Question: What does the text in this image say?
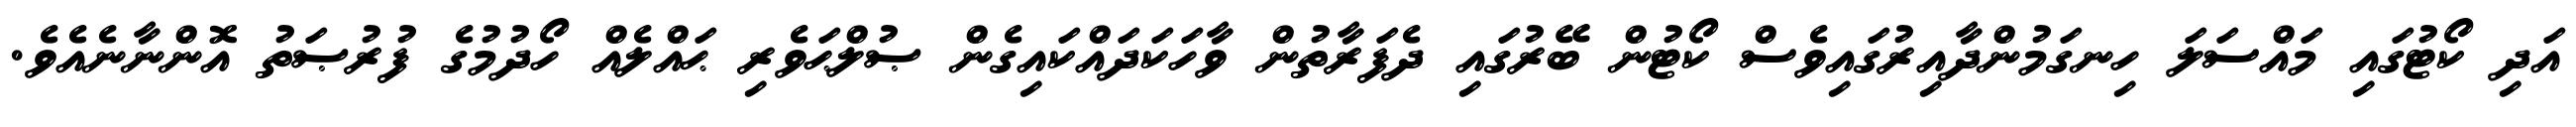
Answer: އަދި ކޯޓުގައި މައްސަލަ ހިނގަމުންދާއިރުގައިވެސް ކޯޓުން ބޭރުގައި ދެފަރާތުން ވާހަކަދައްކައިގެން ޞުލްޙަވެރި ޙައްލެއް ހޯދުމުގެ ފުރުޞަތު އޮންނާނެއެވެ.